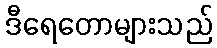
ဒီရေတောများသည်